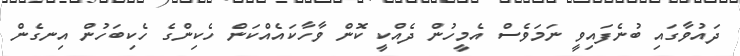
ދައުވާގައި ބުނެފައިވީ ނަމަވެސް އެމީހުން ދެއްކީ ކޮން ވާހާކައެއްކަން ހެކިންގެ ހެކިބަހުން އިނގެން